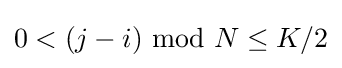
0<(j-i)\ \mathrm {mod} \ N\leq K/2